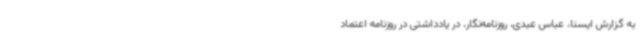
به گزارش ایسنا، عباس عبدی، روزنامه‌نگار، در یادداشتی در روزنامه اعتماد